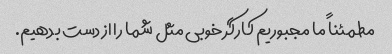
مطمئناً ما مجبوریم کارگر خوبی مثل شما را از دست بدهیم.